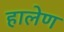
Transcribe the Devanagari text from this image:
हालेण